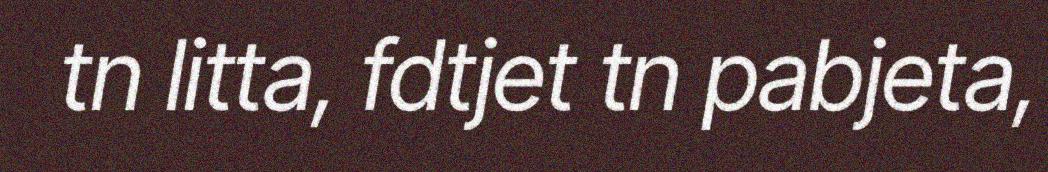
tn litta, fdtjet tn pabjeta,